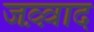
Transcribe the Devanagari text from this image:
जव़्व़ाद